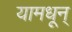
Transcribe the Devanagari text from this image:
यामधून्